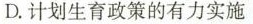
D.计划生育政策的有力实施